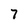
Character: 7